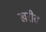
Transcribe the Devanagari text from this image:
खरीव